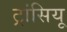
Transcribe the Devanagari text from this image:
ट्रांसियू